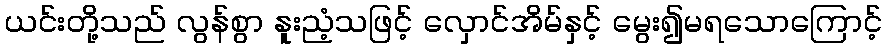
ယင်းတို့သည် လွန်စွာ နူးညံ့သဖြင့် လှောင်အိမ်နှင့် မွေး၍မရသောကြောင့်